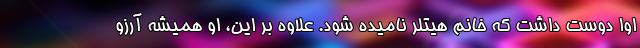
اوا دوست داشت که خانم هیتلر نامیده شود. علاوه بر این، او همیشه آرزو